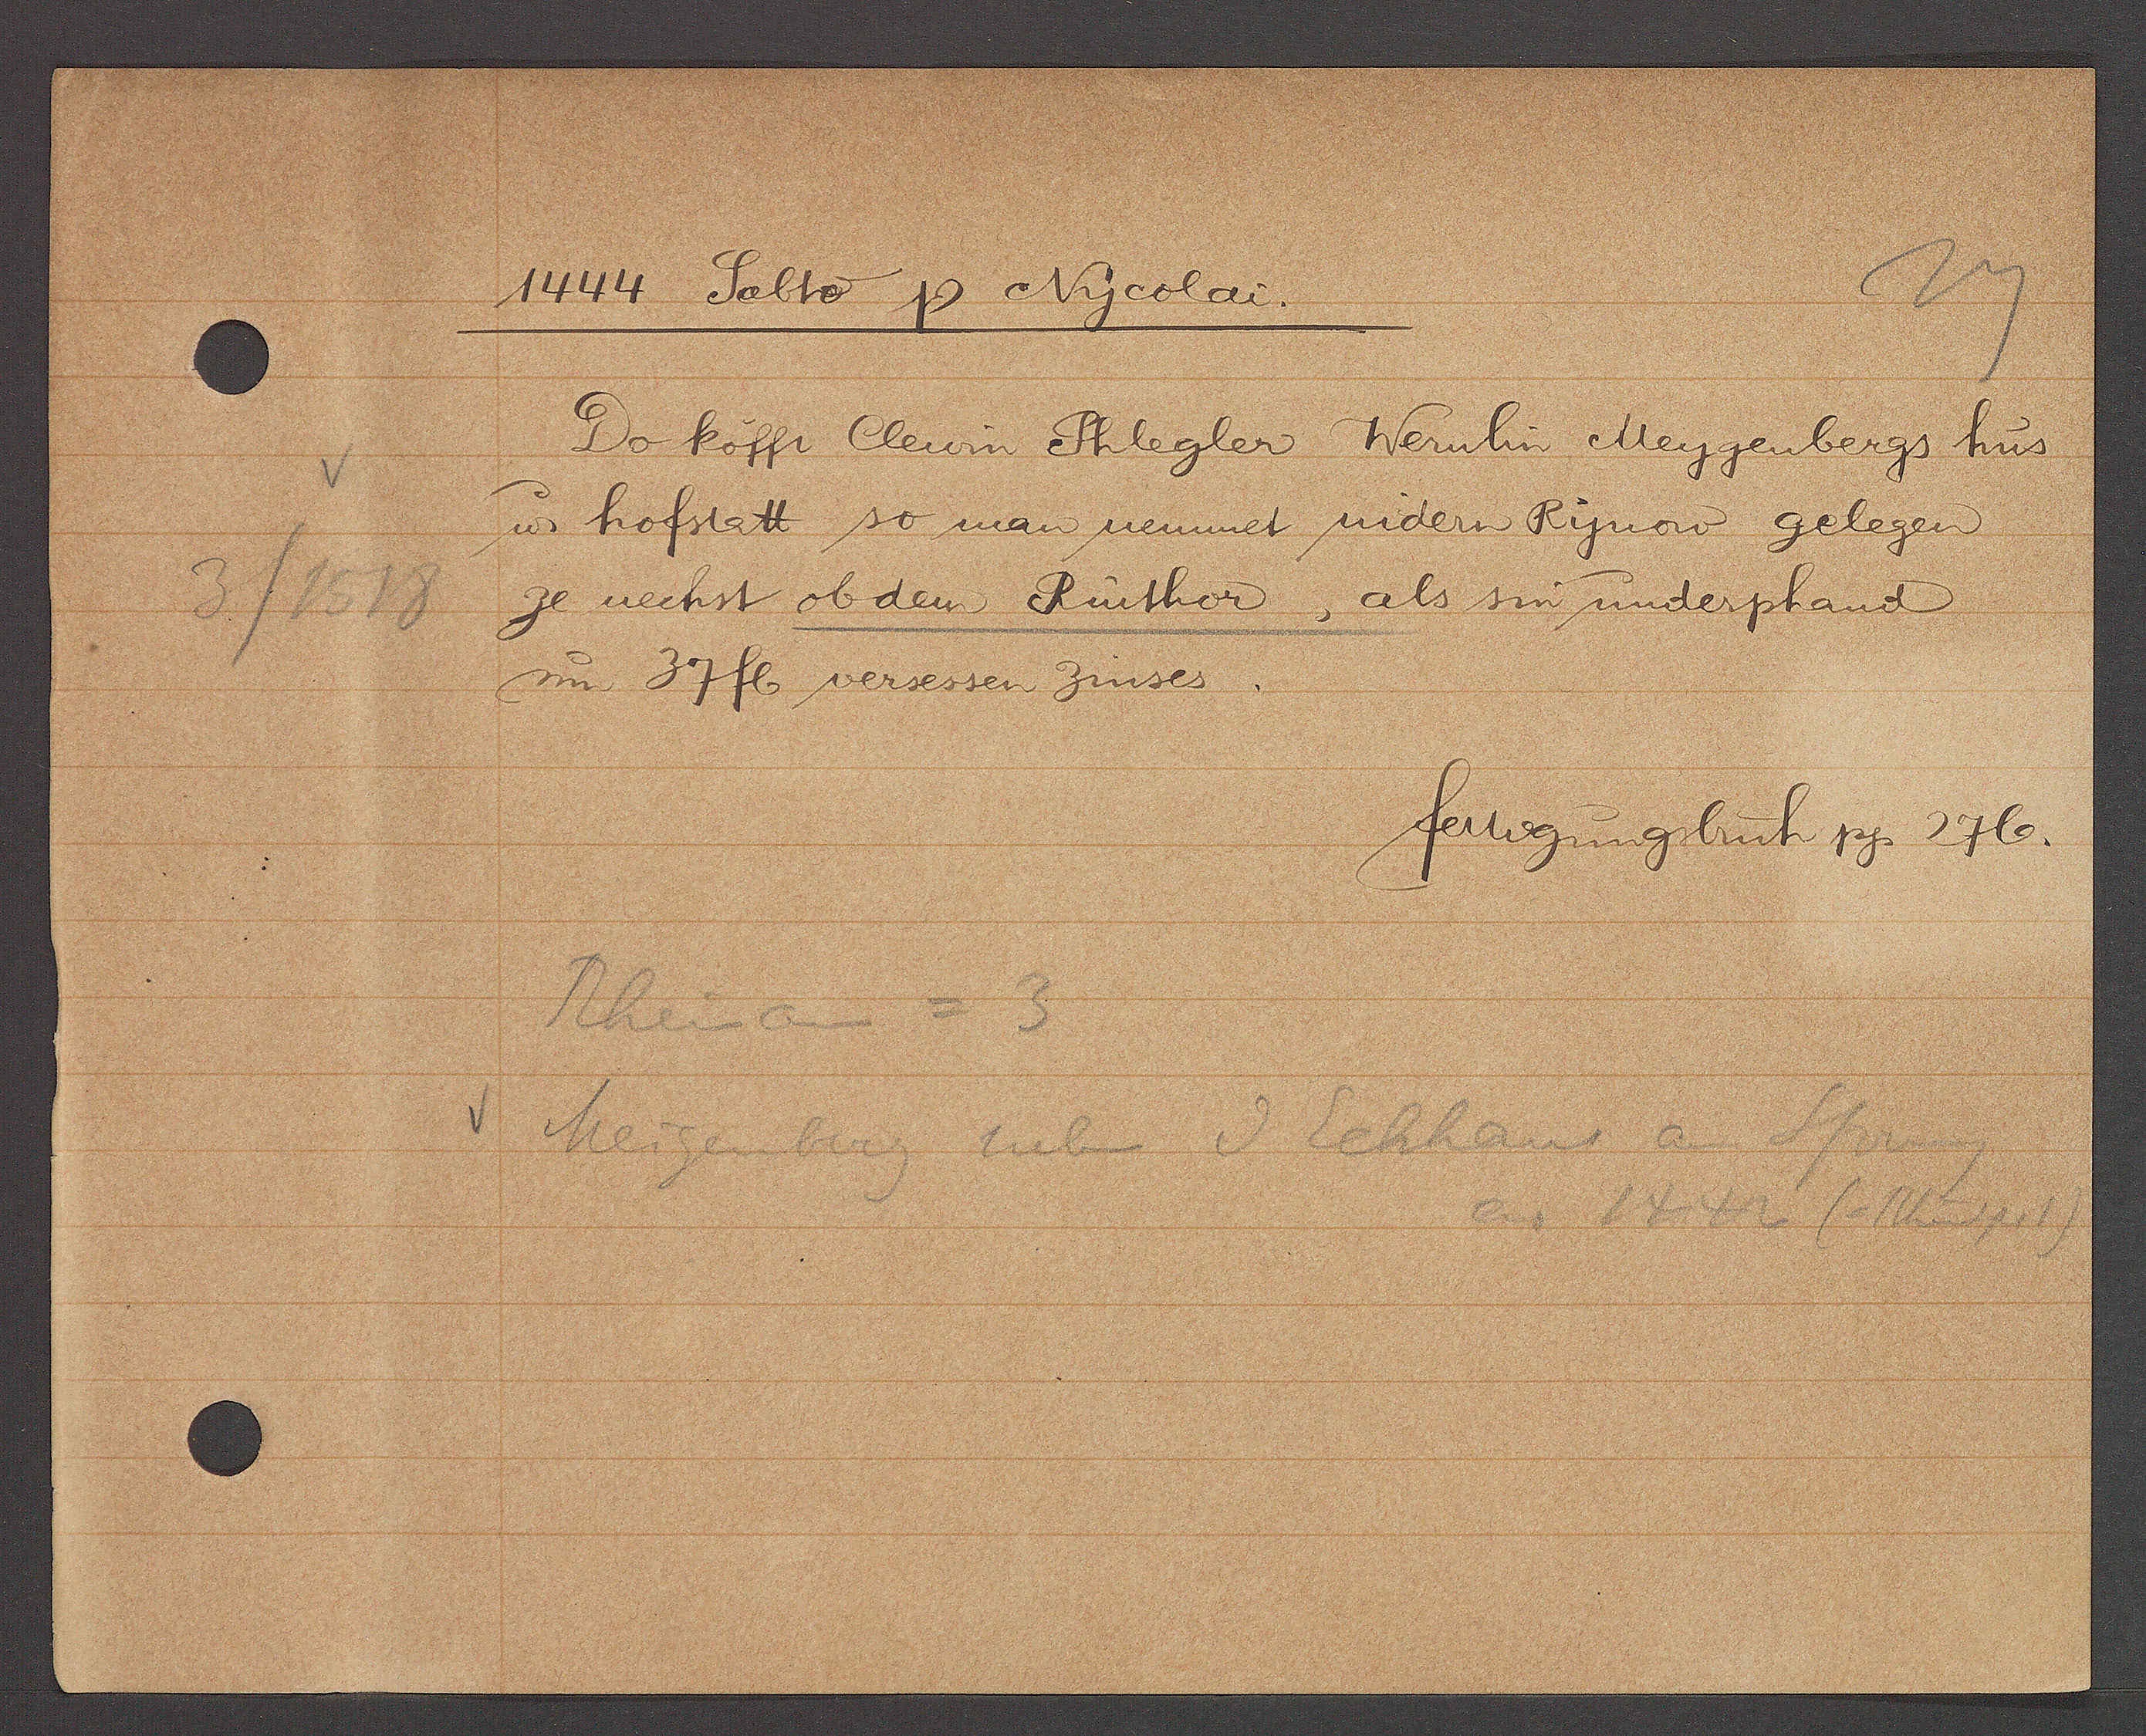
Transcript:
3/1518

1444 Sabto Ƿ Nycolai.

Do kofft Clewin Phlegler¬
Wernlin Meygenbergs hus
ư hofstatt so man nennnet nidern Rynow gelegen
ze nechst ob dem Rinthor, als  sin ưnderphand
um 37 fl versessen Zinses.

fertigungsbuch pg. 276.

Rheinau = 3
Meigenberg neben I
Schhaut am Sprung
ao 1442 (=Rheinspr 1)